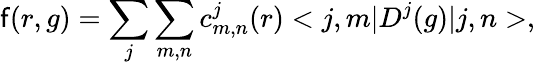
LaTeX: \mathsf{f}(r,g)=\sum_{j}\sum_{m,n}c_{m,n}^{j}(r)<j,m|D^{j}(g)|j,n>,